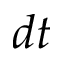
d t